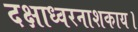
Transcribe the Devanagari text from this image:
दक्षाध्वरनाशकाय।